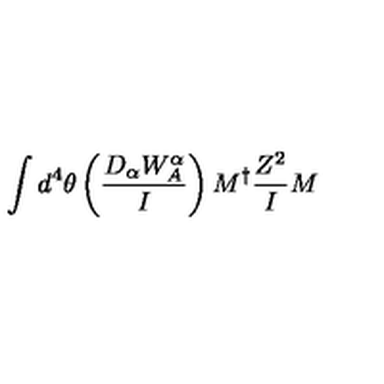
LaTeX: \int d ^ { 4 } \theta \left( \frac { D _ { \alpha } W _ { A } ^ { \alpha } } { I } \right) { M } ^ { \dagger } { \frac { Z ^ { 2 } } { I } } { M }